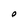
Character: O